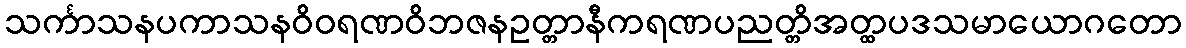
သင်္ကာသနပကာသနဝိဝရဏဝိဘဇနဥတ္တာနီကရဏပညတ္တိအတ္ထပဒသမာယောဂတော